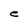
Character: e